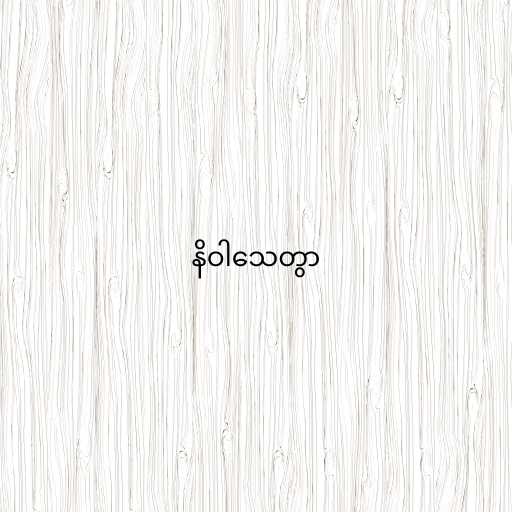
နိဝါသေတွာ